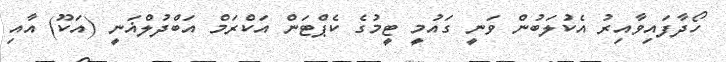
ހޯދާފައިވާއިރު އެކުލަބުން ވަނީ ގައުމީ ޓީމުގެ ކެޕްޓަން އަކްރަމް އަބްދުލްޣަނީ (އަކޫ) އާއި